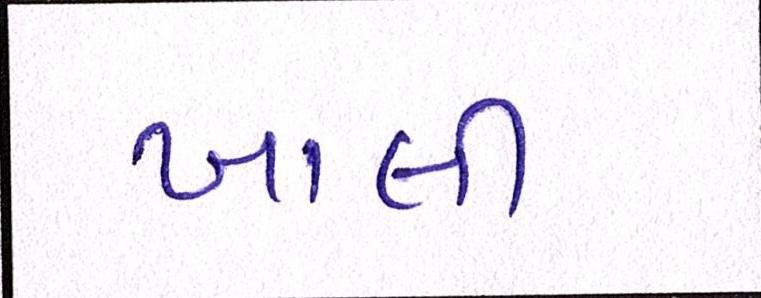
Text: ખાલી